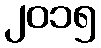
၂၀၁၅